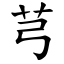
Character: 芎